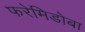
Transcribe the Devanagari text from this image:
फरेमिडोबा